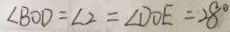
\angle B O D = \angle 2 = \angle D O E = 2 8 ^ { \circ }